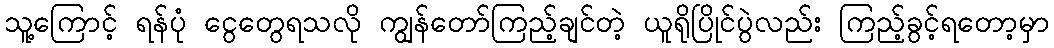
သူ့ကြောင့် ရန်ပုံ ငွေတွေရသလို ကျွန်တော်ကြည့်ချင်တဲ့ ယူရိုပြိုင်ပွဲလည်း ကြည့်ခွင့်ရတော့မှာ